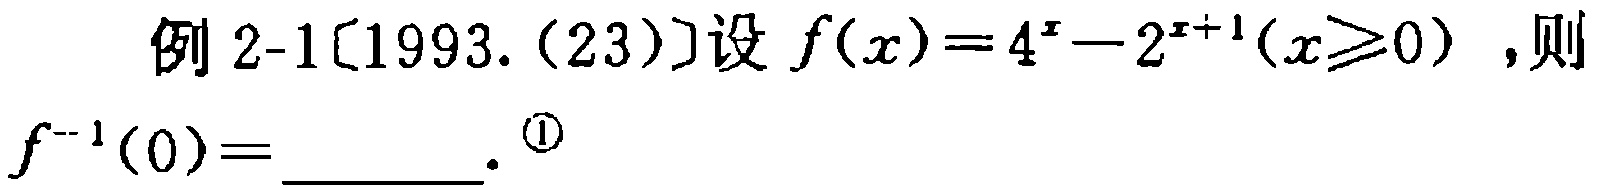
例 2-1〔1993.（23）〕设 \(f(x)=4^{x}-2^{x + 1}(x\geqslant0)\)，则 \(f^{-1}(0)=\underline{\quad\quad}\). \textcircled{1}